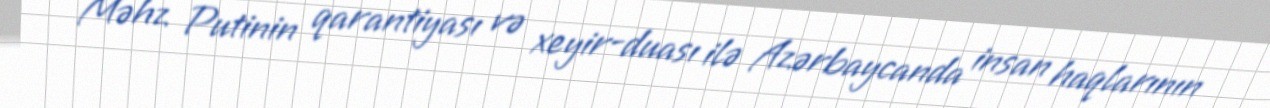
Məhz Putinin qarantiyası və xeyir-duası ilə Azərbaycanda insan haqlarının